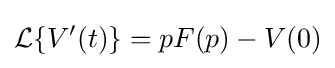
{\mathcal {L}}\{V'(t)\}=pF(p)-V(0)